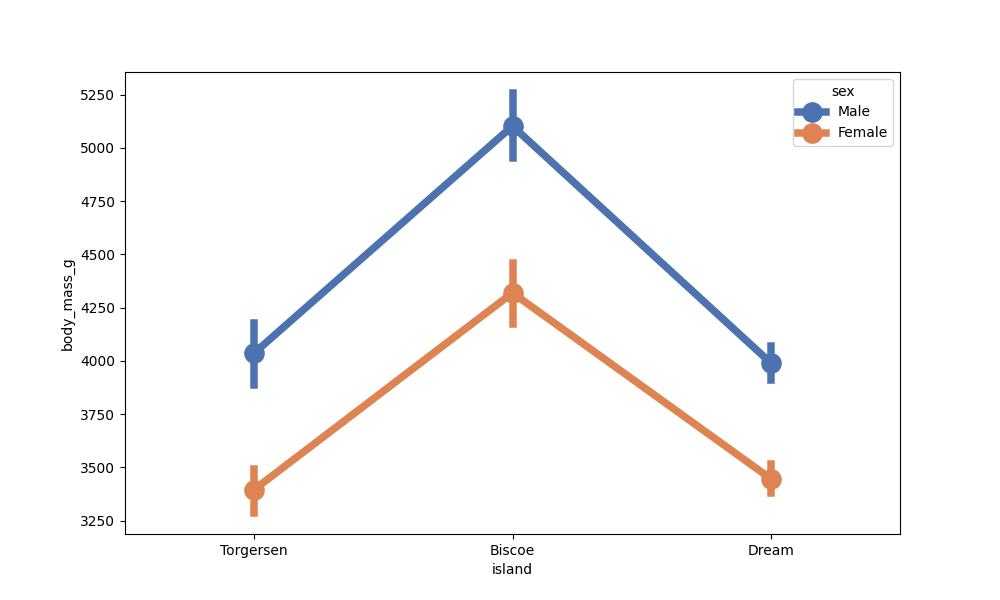
python, seaborn, pointplot, scale=2.0, join=True, hue='sex', palette='deep'